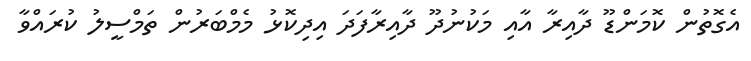
އެގޮތުން ކޮމަންޑޫ ދާއިރާ އާއި މަކުނުދޫ ދާއިރާފަދަ އިދިކޮޅު މެމްބަރުން ތަމްސީލު ކުރައްވާ